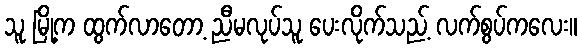
သူ မြို့က ထွက်လာတော့ ညီမလုပ်သူ ပေးလိုက်သည့် လက်စွပ်ကလေး။